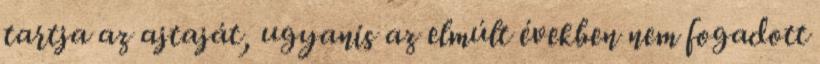
tartja az ajtaját, ugyanis az elmúlt években nem fogadott